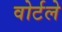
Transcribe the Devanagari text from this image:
वोर्टले